Report of the Indian Hemp Drugs Commission, 1894-1895 - Volume I
Year: 1894
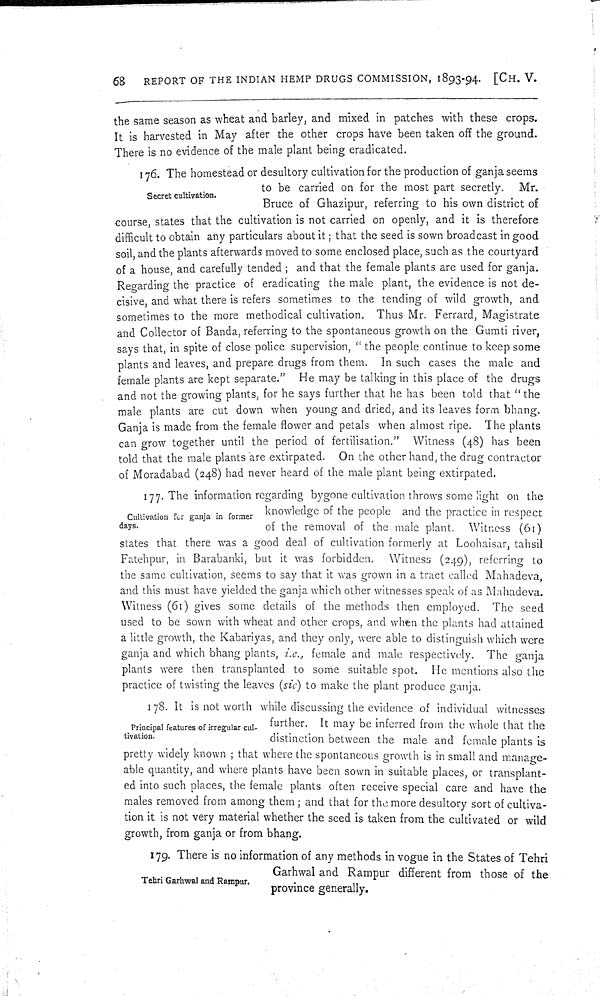
68
REPORT OF THE INDIAN HEMP DRUGS COMMISSION, 1893-94. [CH. V.
the same season as wheat and barley, and mixed in patches with these crops.
It is harvested in May after the other crops have been taken off the ground.
There is no evidence of the male plant being eradicated.
Secret cultivation.
176. The homestead or desultory cultivation for the production of ganja seems
to be carried on for the most part secretly. Mr.
Bruce of Ghazipur, referring to his own district of
course, states that the cultivation is not carried on openly, and it is therefore
difficult to obtain any particulars about it; that the seed is sown broadcast in good
soil, and the plants afterwards moved to some enclosed place, such as the courtyard
of a house, and carefully tended; and that the female plants are used for ganja.
Regarding the practice of eradicating the male plant, the evidence is not de-
cisive, and what there is refers sometimes to the tending of wild growth, and
sometimes to the more methodical cultivation. Thus Mr. Ferrard, Magistrate
and Collector of Banda, referring to the spontaneous growth on the Gumti river,
says that, in spite of close police supervision, "the people continue to keep some
plants and leaves, and prepare drugs from them. In such cases the male and
female plants are kept separate." He may be talking in this place of the drugs
and not the growing plants, for he says further that he has been told that "the
male plants are cut down when young and dried, and its leaves form bhang.
Ganja is made from the female flower and petals when almost ripe. The plants
can grow together until the period of fertilisation." Witness (48) has been
told that the male plants are extirpated. On the other hand, the drug contractor
of Moradabad (248) had never heard of the male plant being extirpated.
Cultivation for ganja in former
days.
177. The information regarding bygone cultivation throws some light on the
knowledge of the people and the practice in respect
of the removal of the male plant. Witness (61)
states that there was a good deal of cultivation formerly at Loohaisar, tahsil
Fatehpur, in Barabanki, but it was forbidden. Witness (249), referring to
the same cultivation, seems to say that it was grown in a tract called Mahadeva,
and this must have yielded the ganja which other witnesses speak of as Mahadeva.
Witness (61) gives some details of the methods then employed. The seed
used to be sown with wheat and other crops, and when the plants had attained
a little growth, the Kabariyas, and they only, were able to distinguish which were
ganja and which bhang plants, i.e., female and male respectively. The ganja
plants were then transplanted to some suitable spot. He mentions also the
practice of twisting the leaves (sic) to make the plant produce ganja.
Principal features of irregular cul-
tivation.
178. It is not worth while discussing the evidence of individual witnesses
further. It may be inferred from the whole that the
distinction between the male and female plants is
pretty widely known; that where the spontaneous growth is in small and manage-
able quantity, and where plants have been sown in suitable places, or transplant-
ed into such places, the female plants often receive special care and have the
males removed from among them; and that for the more desultory sort of cultiva-
tion it is not very material whether the seed is taken from the cultivated or wild
growth, from ganja or from bhang.
Tehri Garhwal and Rampur.
179. There is no information of any methods in vogue in the States of Tehri
Garhwal and Rampur different from those of the
province generally.